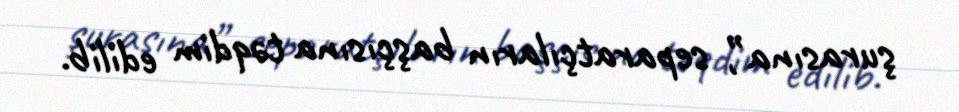
şurasına”, separatçıların başçısına təqdim edilib.